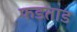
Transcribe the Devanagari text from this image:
फडताड